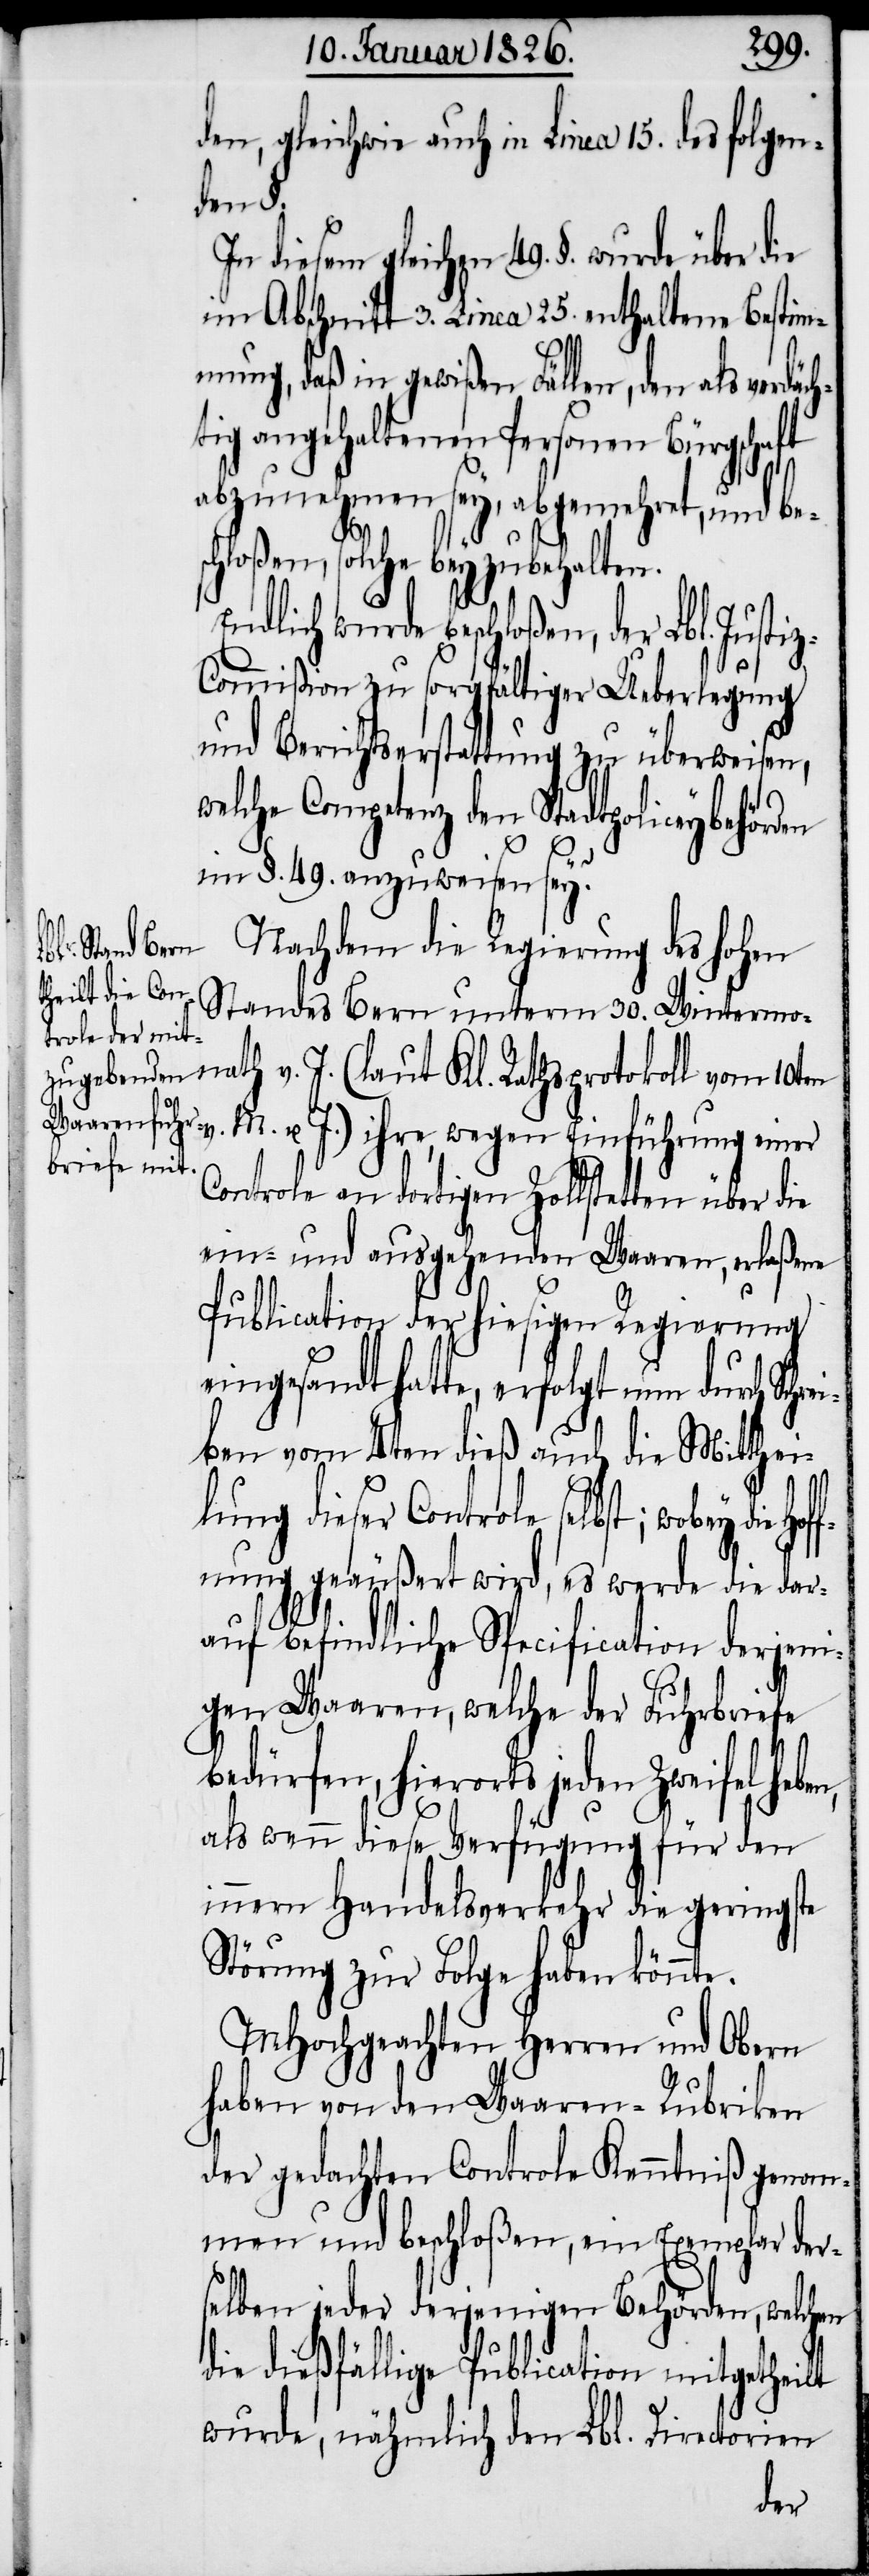
den, gleichwie auch in Linea 15. des folgen¬
ben,
In diesem gleichen 49. §. wurde über die
im Abschnitt 3. Linea 25. enthaltene Bestim¬
mung, daß in gewißen Fällen, den als verdäc¬
ig angehaltenen Personen Bürgschaft
abzunehmen sey, abgemehret, und bes¬
chloßen solche beyzubehalten.
Endlich wurde beschloßen, der Lbl. Jus¬
ommißion zu sorgfältiger Ueberlegung
und Berichtserstattung zu überweisen,
welche Competenz den Stadtpoliceybehör¬
im §. 49. anzuweisen sey?
Nachdem die Regierung des hohen
Standes Bern unterm 30. Wintermo¬
nath v. J. (laut Kl. Rathsprotokoll vom 10ten
M. u. J.) ihre, wegen Einführung einer
Controle an dortigen Zollstetten über die
ein- und ausgehenden Waaren, erlaßene
Publication der hiesigen Regierung
eingesandt hatte, erfolgt nun durch Sch¬
ben vom 4ten dieß auch die Mitthei¬
lung dieser Controle selbst; wobey die
Hoffnung geäußert wird, es werde die dar¬
auf befindliche Specification derjeni¬
gen Waaren, welche der Fuhrbriefe
bedürfen, hierorts jeden Zweifel he¬
als wenn diese Verfügung für den
innern Handelsverkehr die geringste
Störung zur Folge haben könnte.
MHochgeachten Herren und Obern
haben von den Waaren-Rubriken
der gedachten Controle Kenntniß genom¬
men und beschloßen, ein Exemplar der¬
selben jeder derjenigen Behörden, welchen
die dießfällige Publication mitgetheilt
wurde, nähmlich den Lbl. Directorien
den